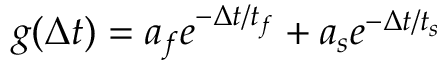
g ( \Delta t ) = a _ { f } e ^ { - \Delta t / t _ { f } } + a _ { s } e ^ { - \Delta t / t _ { s } }